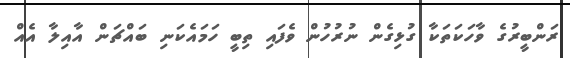
ރަންބީރުގެ ވާހަކަތަކާ ގުޅިގެން ނުރުހުން ވެފައި ތިބީ ހަމައެކަނި ބައްޗަން އާއިލާ އެއް